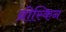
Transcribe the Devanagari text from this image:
ब्रीस्किन